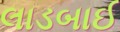
લાડબાઈ